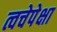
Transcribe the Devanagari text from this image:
त्वचेपेक्षा